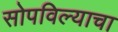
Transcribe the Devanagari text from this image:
सोपविल्याचा